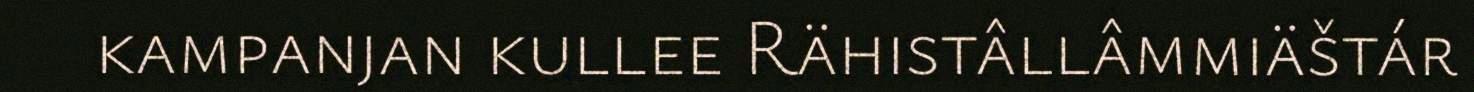
kampanjan kullee Rähistâllâmmiäštár